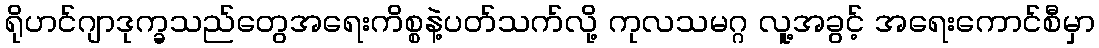
ရိုဟင်ဂျာဒုက္ခသည်တွေအရေးကိစ္စနဲ့ပတ်သက်လို့ ကုလသမဂ္ဂ လူ့အခွင့် အရေးကောင်စီမှာ